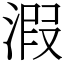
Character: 溊